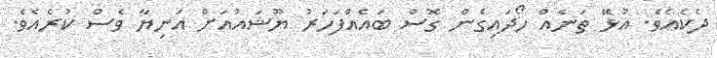
ދެކެއެވެ. އުޅޭ ތަނެއް ހޯދައިގެން ގޮސް ބައެއްފަހަރު ޔޫޝައުއަށް އަނިޔާ ވެސް ކުރެއެވެ.